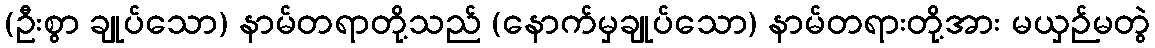
(ဦးစွာ ချုပ်သော) နာမ်တရာတို့သည် (နောက်မှချုပ်သော) နာမ်တရားတို့အား မယှဉ်မတွဲ